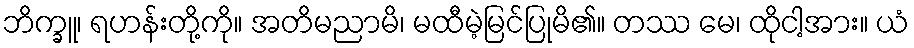
ဘိက္ခူ၊ ရဟန်းတို့ကို။ အတိမညာမိ၊ မထီမဲ့မြင်ပြုမိ၏။ တဿ မေ၊ ထိုငါ့အား။ ယံ